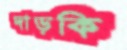
দাড়কি